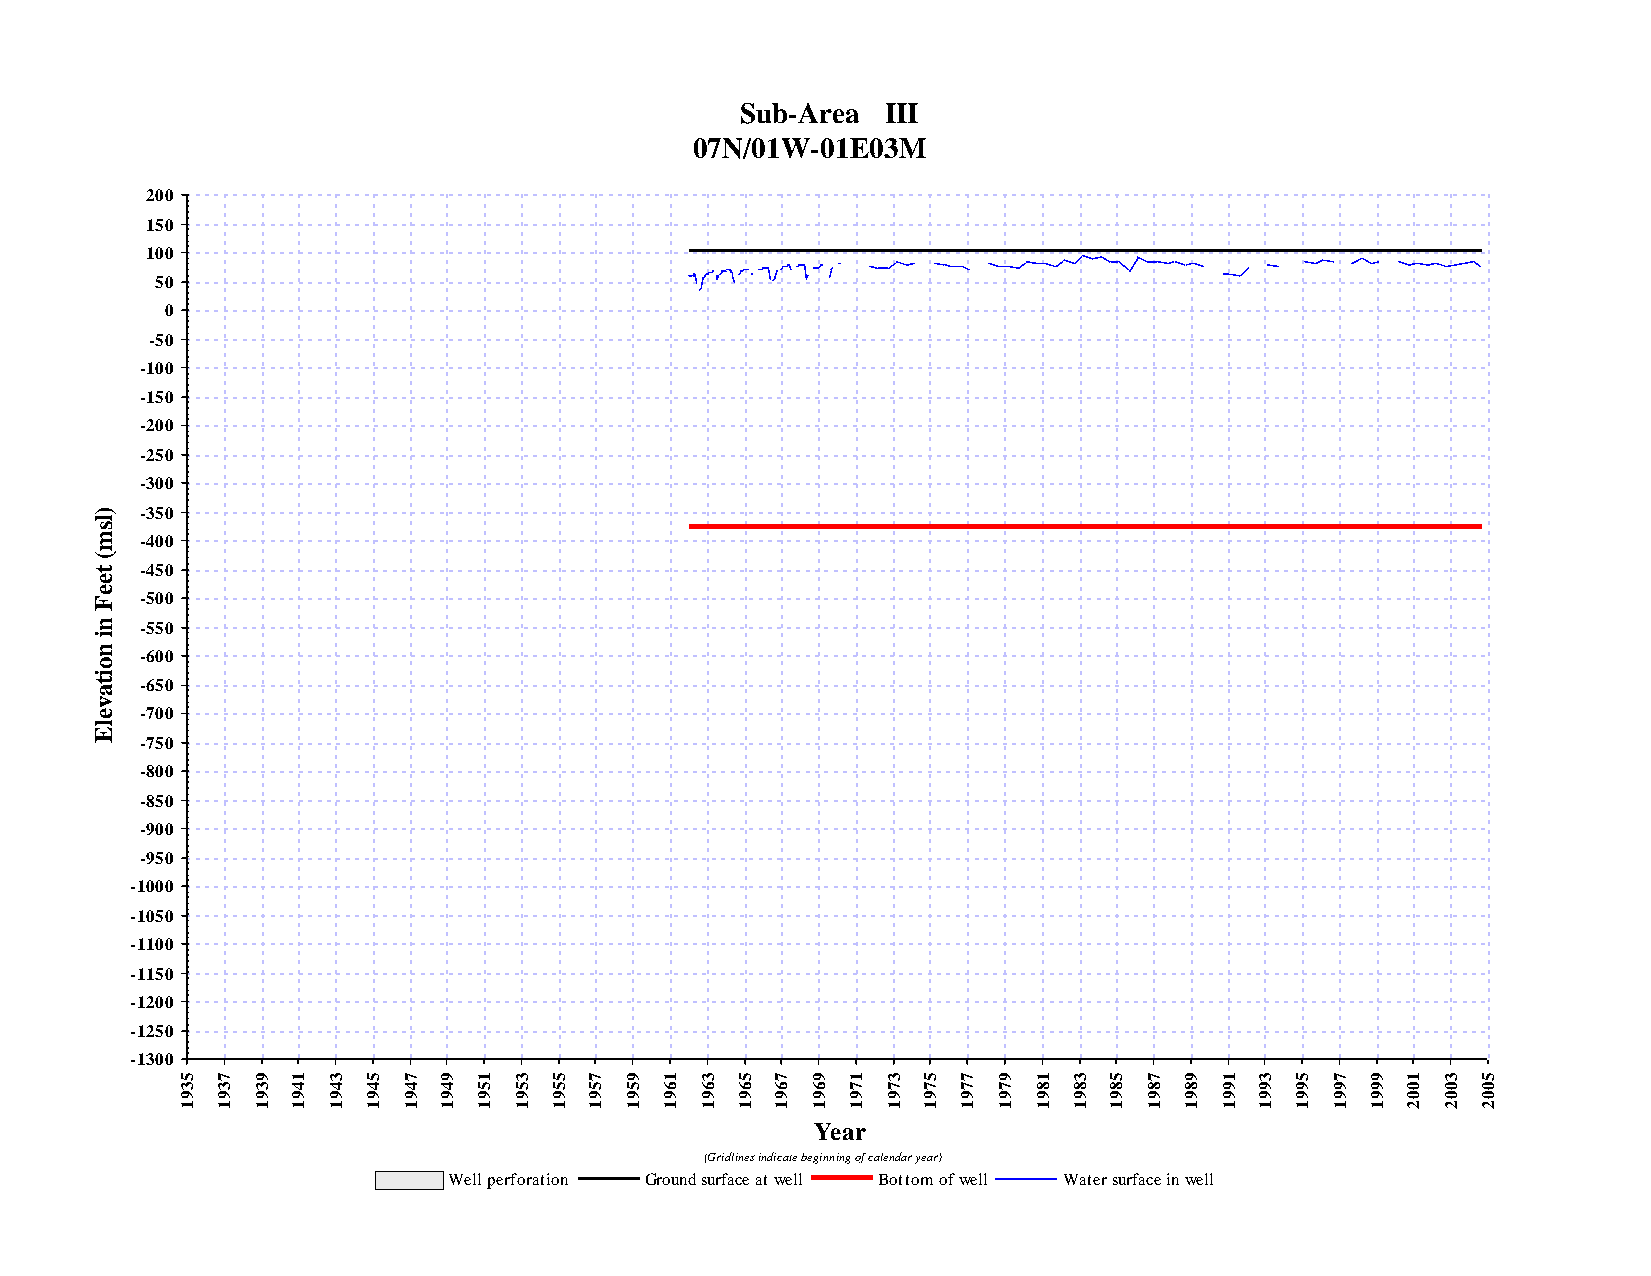
Sub-Area  III
 07N/01W-01E03M
 200
 150
 100
 50
 0
 -50
 -100
 -150
 -200
 -250
 -300
 )  -350
 l
 s
 m  -400
 (
 t  -450
 e
 e
 F  -500
 n  -550
 i
 n  -600
 o
 i
 t a -650
 v
 e  -700
 l
 E
 -750
 -800
 -850
 -900
 -950
 -1000
 -1050
 -1100
 -1150
 -1200
 -1250
 -1300
 5 7  9 1  3 5  7 9  1 3  5 7 9  1 3  5 7  9 1  3 5  7 9 1  3 5  7 9  1 3  5 7  9 1  3 5
 3 3  3 4  4 4  4 4  5 5  5 5 5  6 6  6 6  6 7  7 7  7 7 8  8 8  8 8  9 9  9 9  9 0  0 0
 9 9  9 9  9 9  9 9  9 9  9 9 9  9 9  9 9  9 9  9 9  9 9 9  9 9  9 9  9 9  9 9  9 0  0 0
 1 1  1 1  1 1  1 1  1 1  1 1 1  1 1  1 1  1 1  1 1  1 1 1  1 1  1 1  1 1  1 1  1 2  2 2
 Year
 (Gridlines indicate beginning of calendar year)
 Well perforation Ground surface at well Bottom of well Water surface in well